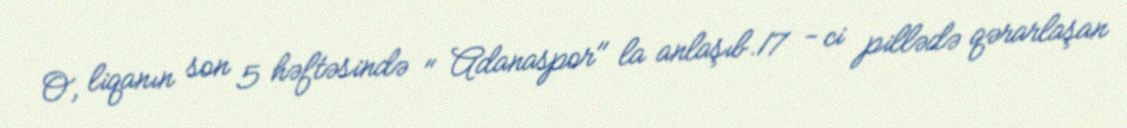
O, liqanın son 5 həftəsində " Adanaspor" la anlaşıb.17 - ci pillədə qərarlaşan